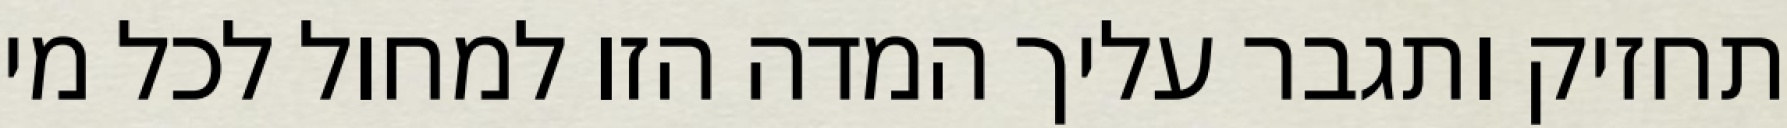
תחזיק ותגבר עליך המדה הזו למחול לכל מי